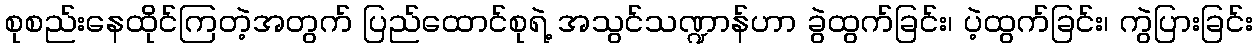
စုစည်းနေထိုင်ကြတဲ့အတွက် ပြည်ထောင်စုရဲ့ အသွင်သဏ္ဍာန်ဟာ ခွဲထွက်ခြင်း၊ ပဲ့ထွက်ခြင်း၊ ကွဲပြားခြင်း